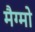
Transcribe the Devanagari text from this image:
मैग्मो